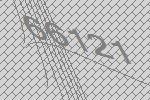
66121